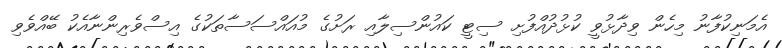
އެމަނިކުފާނު މިހެން ވިދާޅުވީ ކުޅުދުއްފުށި ސިޓީ ކައުންސިލާއި ރަށުގެ މުއައްސަސާތަކުގެ އިސްވެރިންނާއެކު ބޭއްވެވި